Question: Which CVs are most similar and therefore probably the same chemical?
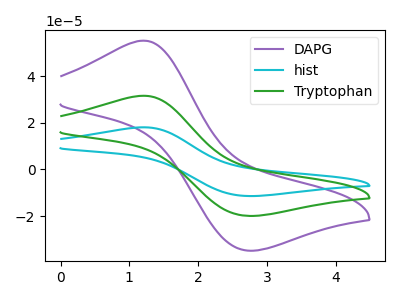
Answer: <think>The purple curve "DAPG" has an anodic peak at (1.20V, 55.10uA) and a cathodic peak at (2.70V, -34.70uA). The cyan curve "hist" has an anodic peak at (1.20V, 63.05uA) and a cathodic peak at (2.70V, -39.75uA). The green curve "Tryptophan" has an anodic peak at (1.20V, 31.55uA) and a cathodic peak at (2.70V, -19.85uA).
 All the peaks in "DAPG" have a peak in "hist" at the same potential. Every peak in "DAPG" is lower than every peak in "hist". All the peaks in "DAPG" have a peak in "Tryptophan" at the same potential. Every peak in "DAPG" is higher than every peak in "Tryptophan". All the peaks in "hist" have a peak in "Tryptophan" at the same potential. Every peak in "hist" is higher than every peak in "Tryptophan".</think>
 <answer>"DAPG", "hist" and "Tryptophan" have the same shape and are likely CV's of the same chemical.</answer>
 <eval>"DAPG" "hist" "Tryptophan"</eval>